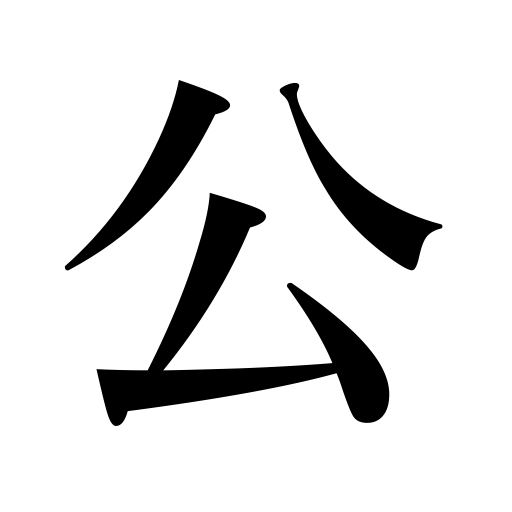
Meanings: official,open,public,lord,formal,duke,governmental